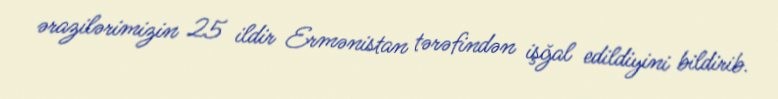
ərazilərimizin 25 ildir Ermənistan tərəfindən işğal edildiyini bildirib.